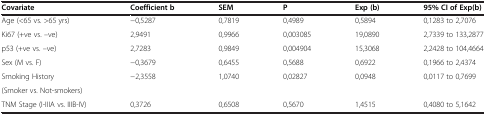
| Covariate | Coefficient b | SEM | P | Exp (b) | 95% CI of Exp(b) |
 | --- | --- | --- | --- | --- | --- |
 | Age (<65 vs. >65 yrs) | −0,5287 | 0,7819 | 0,4989 | 0,5894 | 0,1283 to 2,7076 |
 | Ki67 (+ve vs. –ve) | 2,9491 | 0,9966 | 0,003085 | 19,0890 | 2,7339 to 133,2877 |
 | p53 (+ve vs. –ve) | 2,7283 | 0,9849 | 0,004904 | 15,3068 | 2,2428 to 104,4664 |
 | Sex (M vs. F) | −0,3679 | 0,6455 | 0,5688 | 0,6922 | 0,1966 to 2,4374 |
 | Smoking History | −2,3558 | 1,0740 | 0,02827 | 0,0948 | 0,0117 to 0,7699 |
 | (Smoker vs. Not-smokers) |  |  |  |  |  |
 | TNM Stage (I-IIIA vs. IIIB-IV) | 0,3726 | 0,6508 | 0,5670 | 1,4515 | 0,4080 to 5,1642 |